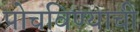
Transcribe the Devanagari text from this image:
पोचविण्याची